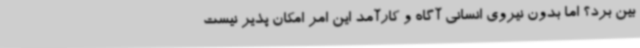
بین برد؟ اما بدون نیروی انسانی آگاه و کارآمد این امر امکان پذیر نیست